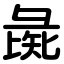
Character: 彘